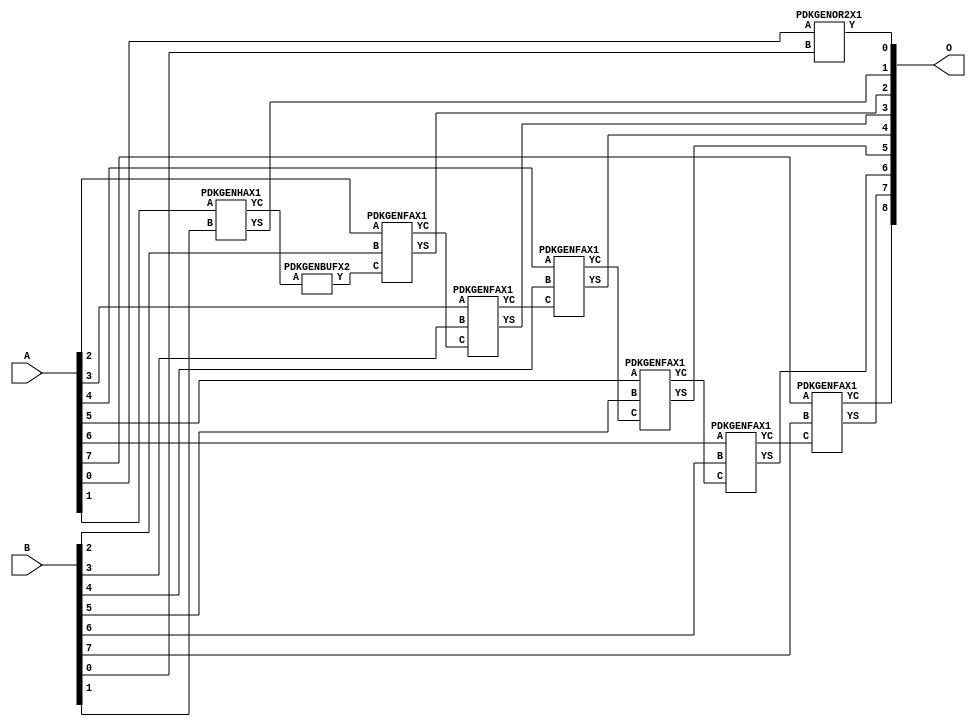
// Library = EvoApprox8b
// Circuit = add8_278
// Area   (180) = 856
// Delay  (180) = 1.510
// Power  (180) = 300.40
// Area   (45) = 63
// Delay  (45) = 0.570
// Power  (45) = 28.98
// Nodes = 9
// HD = 49024
// MAE = 0.25000
// MSE = 0.25000
// MRE = 0.14 %
// WCE = 1
// WCRE = 50 %
// EP = 25.0 %

module add8_278(A, B, O);
  input [7:0] A;
  input [7:0] B;
  output [8:0] O;
  wire [2031:0] N;

  assign N[0] = A[0];
  assign N[1] = A[0];
  assign N[2] = A[1];
  assign N[3] = A[1];
  assign N[4] = A[2];
  assign N[5] = A[2];
  assign N[6] = A[3];
  assign N[7] = A[3];
  assign N[8] = A[4];
  assign N[9] = A[4];
  assign N[10] = A[5];
  assign N[11] = A[5];
  assign N[12] = A[6];
  assign N[13] = A[6];
  assign N[14] = A[7];
  assign N[15] = A[7];
  assign N[16] = B[0];
  assign N[17] = B[0];
  assign N[18] = B[1];
  assign N[19] = B[1];
  assign N[20] = B[2];
  assign N[21] = B[2];
  assign N[22] = B[3];
  assign N[23] = B[3];
  assign N[24] = B[4];
  assign N[25] = B[4];
  assign N[26] = B[5];
  assign N[27] = B[5];
  assign N[28] = B[6];
  assign N[29] = B[6];
  assign N[30] = B[7];
  assign N[31] = B[7];

  PDKGENOR2X1 n76(.A(N[0]), .B(N[16]), .Y(N[76]));
  PDKGENHAX1 n82(.A(N[2]), .B(N[18]), .YS(N[82]), .YC(N[83]));
  PDKGENBUFX2 n112(.A(N[83]), .Y(N[112]));
  assign N[113] = N[112];
  PDKGENFAX1 n132(.A(N[4]), .B(N[20]), .C(N[113]), .YS(N[132]), .YC(N[133]));
  PDKGENFAX1 n182(.A(N[6]), .B(N[22]), .C(N[133]), .YS(N[182]), .YC(N[183]));
  PDKGENFAX1 n232(.A(N[8]), .B(N[24]), .C(N[183]), .YS(N[232]), .YC(N[233]));
  PDKGENFAX1 n282(.A(N[10]), .B(N[26]), .C(N[233]), .YS(N[282]), .YC(N[283]));
  PDKGENFAX1 n332(.A(N[12]), .B(N[28]), .C(N[283]), .YS(N[332]), .YC(N[333]));
  PDKGENFAX1 n382(.A(N[14]), .B(N[30]), .C(N[333]), .YS(N[382]), .YC(N[383]));

  assign O[0] = N[76];
  assign O[1] = N[82];
  assign O[2] = N[132];
  assign O[3] = N[182];
  assign O[4] = N[232];
  assign O[5] = N[282];
  assign O[6] = N[332];
  assign O[7] = N[382];
  assign O[8] = N[383];

endmodule
/* mod */
module PDKGENOR2X1(input A, input B, output Y );
     assign Y = A | B;
endmodule
/* mod */
module PDKGENHAX1( input A, input B, output YS, output YC );
    assign YS = A ^ B;
    assign YC = A & B;
endmodule
/* mod */
module PDKGENFAX1( input A, input B, input C, output YS, output YC );
    assign YS = (A ^ B) ^ C;
    assign YC = (A & B) | (B & C) | (A & C);
endmodule
/* mod */
module PDKGENBUFX2(input A, output Y );
     assign Y = A;
endmodule